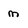
Character: m